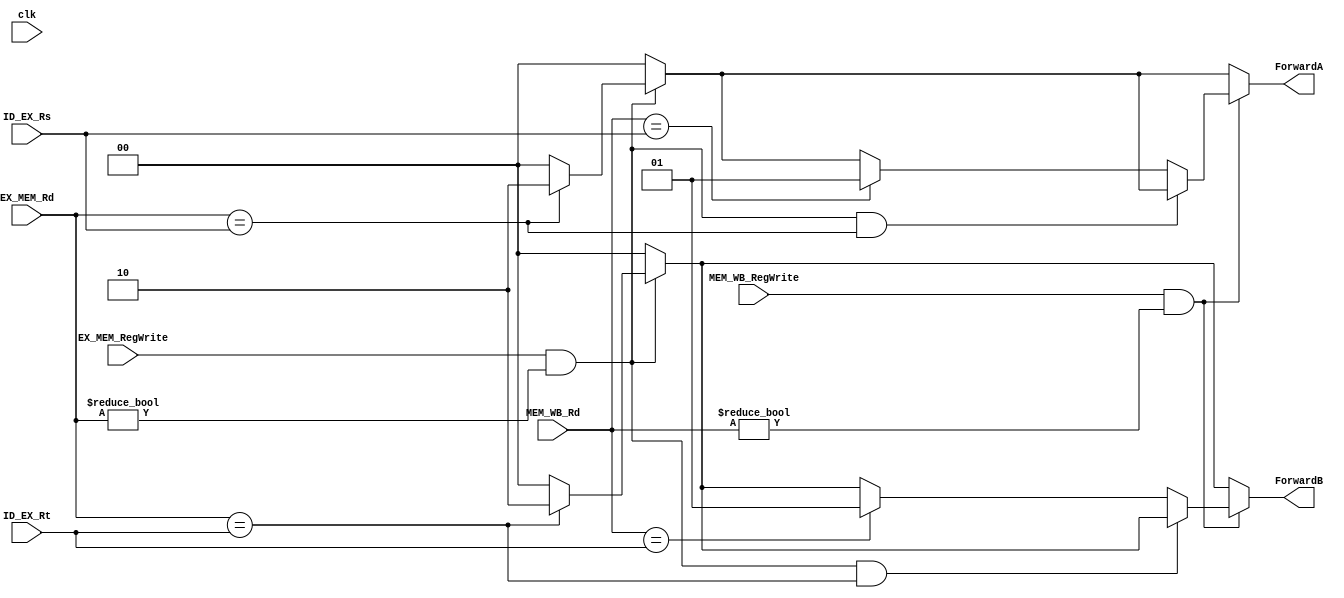
 module forwarding_unit
	(
	input wire clk,
	input wire EX_MEM_RegWrite,
	input wire MEM_WB_RegWrite,
	input wire[4:0] ID_EX_Rs,
	input wire[4:0] ID_EX_Rt,
	input wire[4:0] EX_MEM_Rd,
	input wire[4:0] MEM_WB_Rd,
	output reg[1:0] ForwardA,
	output reg[1:0] ForwardB
	);

	always@(clk) begin

		//Avoid dont cares
		#10
		ForwardA <= 2'b0;
		ForwardB <= 2'b0;

		#10
		if((EX_MEM_RegWrite == 1) && (EX_MEM_Rd != 0)) begin
			if(EX_MEM_Rd == ID_EX_Rs) ForwardA <= 2'b10;
			if(EX_MEM_Rd == ID_EX_Rt) ForwardB <= 2'b10;
		end

		if( (MEM_WB_RegWrite == 1) && (MEM_WB_Rd != 0)) begin
			if( !((EX_MEM_RegWrite == 1) && (EX_MEM_Rd != 0) && (EX_MEM_Rd == ID_EX_Rs)) )begin
				if(MEM_WB_Rd == ID_EX_Rs) ForwardA <= 2'b01;
			end

			if( !((EX_MEM_RegWrite == 1) && (EX_MEM_Rd != 0) && (EX_MEM_Rd == ID_EX_Rt)) )begin
				if(MEM_WB_Rd == ID_EX_Rt) ForwardB <= 2'b01;
			end
		end

	end
endmodule

// module testbench();
// 	reg clk;
// 	reg EX_MEM_RegWrite;
// 	reg MEM_WB_RegWrite;
// 	reg[31:0] ID_EX_Rs;
// 	reg[31:0] ID_EX_Rt;
// 	reg[31:0] EX_MEM_Rd;
// 	reg[31:0] MEM_WB_Rd;
// 	wire[1:0] forwardA;
// 	wire[1:0] forwardB;
//
// 	forwarding_unit ForwardingUnit(.clk(clk), .EX_MEM_RegWrite(EX_MEM_RegWrite), .MEM_WB_RegWrite(MEM_WB_RegWrite), .ID_EX_Rs(ID_EX_Rs), .ID_EX_Rt(ID_EX_Rt), .EX_MEM_Rd(EX_MEM_Rd), .MEM_WB_Rd(MEM_WB_Rd), .ForwardA(forwardA), .ForwardB(forwardB));
//
// 	initial begin
// 		#50
// 		clk <= 1;
// 		EX_MEM_RegWrite <= 0;
// 		MEM_WB_RegWrite <= 1;
// 		ID_EX_Rs <= 10;
// 		ID_EX_Rt <= 10;
// 		EX_MEM_Rd <= 10;
// 		MEM_WB_Rd <= 10;
// 		#50
// 		$display("Forward A: %b | Forward B: %b\n", forwardA, forwardB);
// 	end
//
// endmodule